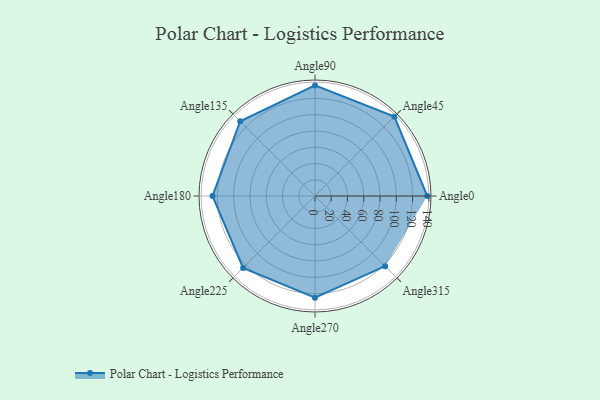
{"axis": {"x": "Angle", "y": "Radius"}, "legend": [""], "data": [{"x": "Angle0", "y": 138.0, "type": ""}, {"x": "Angle45", "y": 138.0, "type": ""}, {"x": "Angle90", "y": 136.0, "type": ""}, {"x": "Angle135", "y": 130.0, "type": ""}, {"x": "Angle180", "y": 126.0, "type": ""}, {"x": "Angle225", "y": 125.0, "type": ""}, {"x": "Angle270", "y": 125.0, "type": ""}, {"x": "Angle315", "y": 122.0, "type": ""}]}